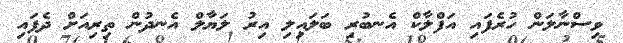
ވިސްނާލަން ހުރެފައި އަފްލާކް އެނބުރި ބަލައިލި އިރު ލަޔާލް އެނދުން ތިރިއަށް ދެފައި